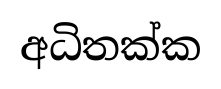
අධිතක්ක